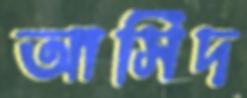
আসিদ